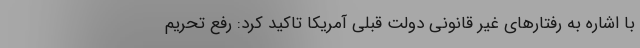
با اشاره به رفتارهای غیر قانونی دولت قبلی آمریکا تاکید کرد: رفع تحریم